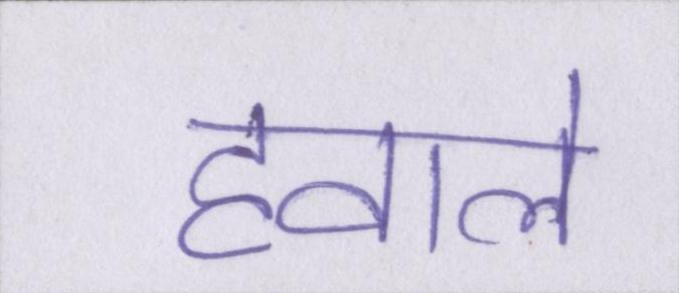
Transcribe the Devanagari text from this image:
हवाले